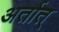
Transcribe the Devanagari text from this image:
अर्तात्